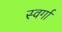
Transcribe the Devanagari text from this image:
स्वर्गा